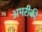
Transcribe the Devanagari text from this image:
अमरीकी